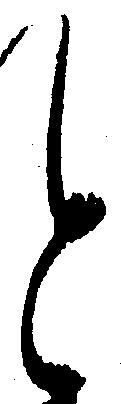
と